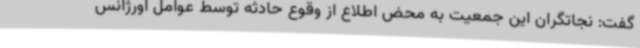
گفت: نجاتگران این جمعیت به محض اطلاع از وقوع حادثه توسط عوامل اورژانس